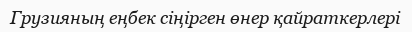
Грузияның еңбек сіңірген өнер қайраткерлері